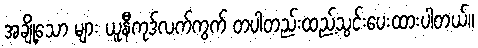
အချို့သော များ ယူနီကုဒ်လက်ကွက် တပါတည်းထည့်သွင်းပေးထားပါတယ်။